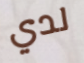
لدي